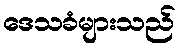
ဒေသခံများသည်